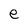
Character: e